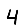
Digit: 4